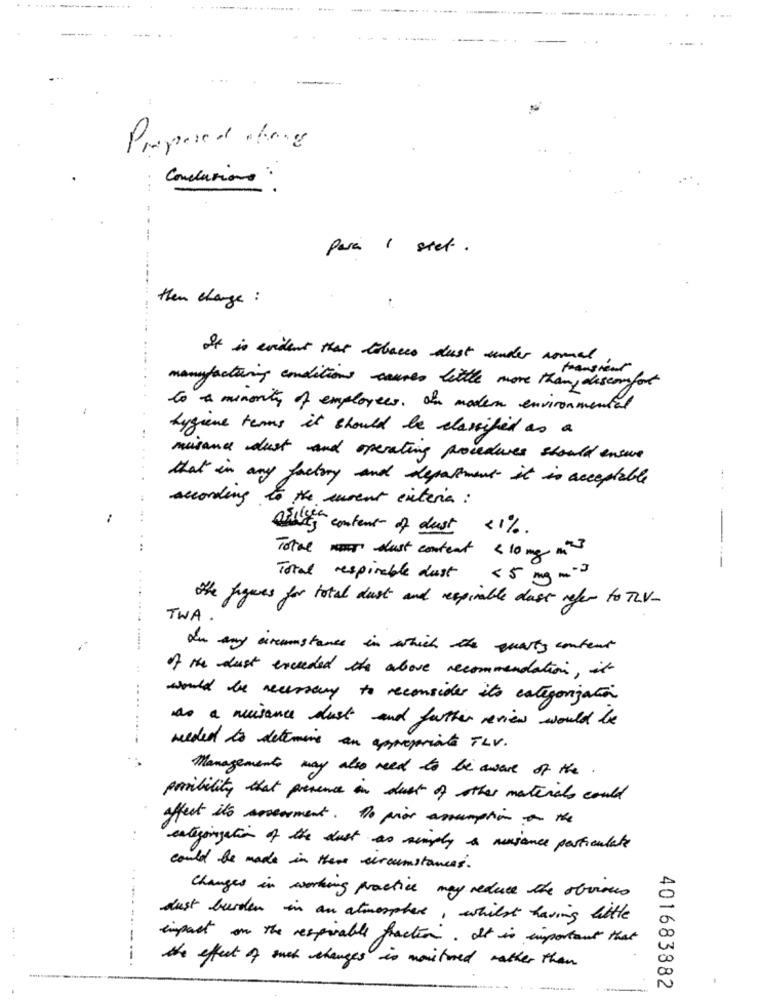
-- ---
-
Proposed thong
Conclusione :
para 1 stet.
then charge :
It is evident that tobacco dust under normal
manufacturing conditions little more than, discomfort
to a minority of employees of modern environmental
-
hygiene terms it should be classified as a
missand dust and operating procedures should ensure
that in any factory and department it is acceptable
according to the curent exteria :
--
asilent content of dust <1%.
. ..
Total slust content < 10 mg m"
-----
Total respirable dust < 5 mg m"
the figures for total dust and respirable dass refer to TV-
TWA.
In any circumstances in which the quality content
of the dust exceeded the above recommendation, it
would be necessary to reconsider its categorization
As a nuisance dust and father review would be
needed to determine an appropriate TLV.
Managements may also need to be aware of the.
posibility that presence in dust of other materials could
affect it's neverment. No prior assumption on the
enteringation of the dust as simply a nuisance particulate
could be made in there circumstances .
Changes in working practice may reduce the obvious
dust burden in an atmosphere , whilst having bitte
impact on the respirable fraction. It is important that
---
the effect of such changes in monitored rather than
401683882